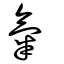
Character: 氣